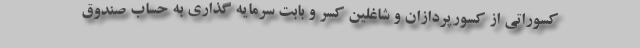
کسوراتی از کسورپردازان و شاغلین کسر و بابت سرمایه گذاری به حساب صندوق